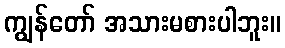
ကျွန်တော် အသားမစားပါဘူး။